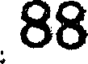
88